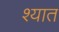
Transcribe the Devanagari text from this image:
श्यात